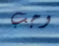
وجب